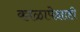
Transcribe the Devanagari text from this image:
काळापेक्षाही